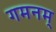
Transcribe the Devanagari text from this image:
गमनम्